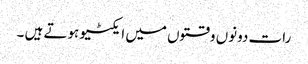
رات دونوں وقتوں میں ایکٹیو ہوتے ہیں ۔